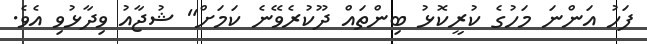
ފަހު އަންނަ މަހުގެ ކުރީކޮޅު ބިންތައް ދޫކުރެވޭނެ ކަމަށް" ޝުޖާއު ވިދާޅުވި އެވެ.